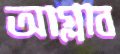
আগ্‌লাব